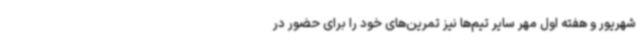
شهریور و هفته اول مهر سایر تیم‌ها نیز تمرین‌های خود را برای حضور در